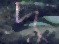
দু